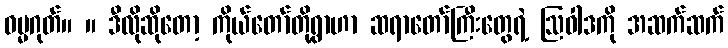
ဓမ္မဂုတ်။ ။ ဒီလိုဆိုတော့ ကိုယ်တော်တို့ရွာဟာ ဆရာတော်ကြီးတွေရဲ့ ဩဝါဒကို အဆက်ဆက်